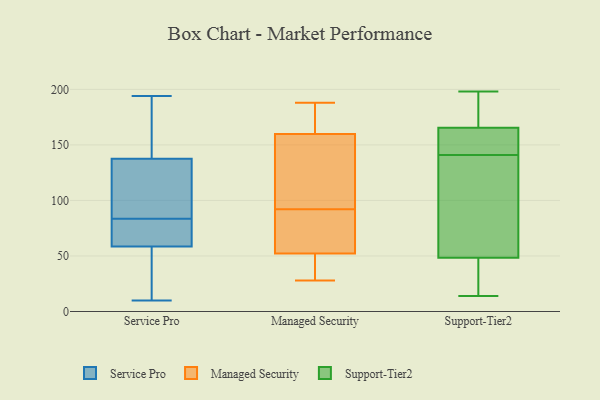
{"axis": {"x": "Customer Acquisition Cost (USD)", "y": "Value"}, "legend": ["Managed Security", "Service Pro", "Support-Tier2"], "data": [{"x": "", "y": 66, "type": "Service Pro"}, {"x": "", "y": 88, "type": "Service Pro"}, {"x": "", "y": 33, "type": "Service Pro"}, {"x": "", "y": 24, "type": "Service Pro"}, {"x": "", "y": 130, "type": "Service Pro"}, {"x": "", "y": 79, "type": "Service Pro"}, {"x": "", "y": 145, "type": "Service Pro"}, {"x": "", "y": 190, "type": "Service Pro"}, {"x": "", "y": 146, "type": "Service Pro"}, {"x": "", "y": 109, "type": "Service Pro"}, {"x": "", "y": 96, "type": "Service Pro"}, {"x": "", "y": 88, "type": "Service Pro"}, {"x": "", "y": 59, "type": "Service Pro"}, {"x": "", "y": 79, "type": "Service Pro"}, {"x": "", "y": 182, "type": "Service Pro"}, {"x": "", "y": 58, "type": "Service Pro"}, {"x": "", "y": 194, "type": "Service Pro"}, {"x": "", "y": 51, "type": "Service Pro"}, {"x": "", "y": 10, "type": "Service Pro"}, {"x": "", "y": 79, "type": "Service Pro"}, {"x": "", "y": 63, "type": "Managed Security"}, {"x": "", "y": 92, "type": "Managed Security"}, {"x": "", "y": 54, "type": "Managed Security"}, {"x": "", "y": 43, "type": "Managed Security"}, {"x": "", "y": 142, "type": "Managed Security"}, {"x": "", "y": 55, "type": "Managed Security"}, {"x": "", "y": 127, "type": "Managed Security"}, {"x": "", "y": 47, "type": "Managed Security"}, {"x": "", "y": 159, "type": "Managed Security"}, {"x": "", "y": 187, "type": "Managed Security"}, {"x": "", "y": 188, "type": "Managed Security"}, {"x": "", "y": 28, "type": "Managed Security"}, {"x": "", "y": 162, "type": "Managed Security"}, {"x": "", "y": 66, "type": "Support-Tier2"}, {"x": "", "y": 31, "type": "Support-Tier2"}, {"x": "", "y": 168, "type": "Support-Tier2"}, {"x": "", "y": 198, "type": "Support-Tier2"}, {"x": "", "y": 26, "type": "Support-Tier2"}, {"x": "", "y": 154, "type": "Support-Tier2"}, {"x": "", "y": 156, "type": "Support-Tier2"}, {"x": "", "y": 167, "type": "Support-Tier2"}, {"x": "", "y": 163, "type": "Support-Tier2"}, {"x": "", "y": 186, "type": "Support-Tier2"}, {"x": "", "y": 19, "type": "Support-Tier2"}, {"x": "", "y": 128, "type": "Support-Tier2"}, {"x": "", "y": 112, "type": "Support-Tier2"}, {"x": "", "y": 164, "type": "Support-Tier2"}, {"x": "", "y": 83, "type": "Support-Tier2"}, {"x": "", "y": 14, "type": "Support-Tier2"}]}